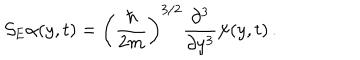
LaTeX: { \cal S } _ { \mathrm { E } } \alpha ( y , t ) = \left( \frac { \hbar } { 2 m } \right) ^ { 3 / 2 } \frac { \partial ^ { 3 } } { \partial y ^ { 3 } } \psi ( y , t ) \, .